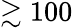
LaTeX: \gtrsim 100